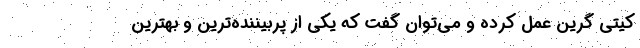
کیتی گرین عمل کرده و می‌توان گفت که یکی از پربیننده‌ترین و بهترین